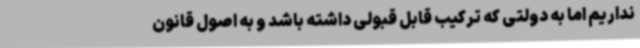
نداریم اما به دولتی که ترکیب قابل قبولی داشته باشد و به اصول قانون